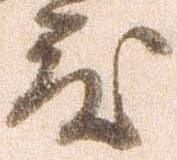
度